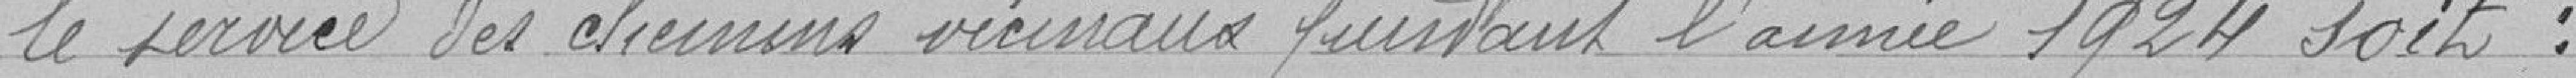
le service des chemins vicinaux pendant l'année 1924 soit :